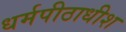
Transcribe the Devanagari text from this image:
धर्मपीठाधीश